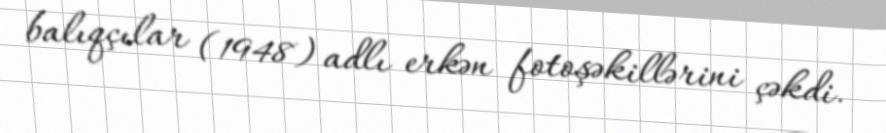
balıqçılar (1948) adlı erkən fotoşəkillərini çəkdi.